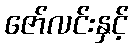
ဇော်လင်းနှင့်